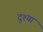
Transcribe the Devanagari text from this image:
दृश्या